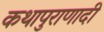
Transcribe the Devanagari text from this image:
कथापुराणादी